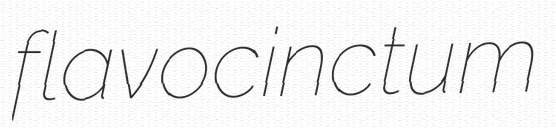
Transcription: flavocinctum